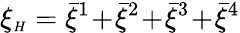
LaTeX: \xi_{{\scriptscriptstyle H}}=\bar{\xi}^{1}\! +\! \bar{\xi}^{2}\! +\! \bar{\xi}^{3}\! +\! \bar{\xi}^{4}